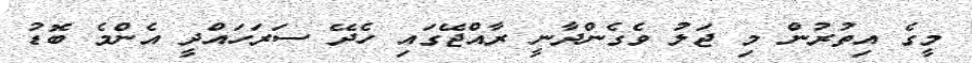
މީގެ އިތުރުން މި ޖަލު ވެގެންދާނީ ރާއްޖޭގައި ހެދޭ ސަރަހައްދީ އެންމެ ބޮޑު